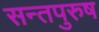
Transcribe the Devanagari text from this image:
सन्तपुरुष